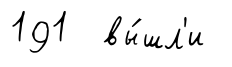
191 вы́шл'и